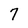
Character: 7